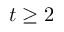
t \geq 2